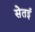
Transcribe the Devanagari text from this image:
सेतई